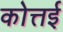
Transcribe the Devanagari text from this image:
कोत्तई